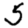
Digit: 5